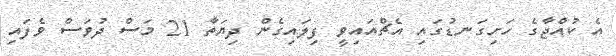
އެ ކުއްޖާގެ ހަށިގަނޑުގައި އެޗްއައިވީ ފިލައިގެން ދިޔަތާ 21 މަސް ދުވަސް ވެފައި